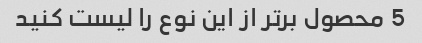
5 محصول برتر از این نوع را لیست کنید